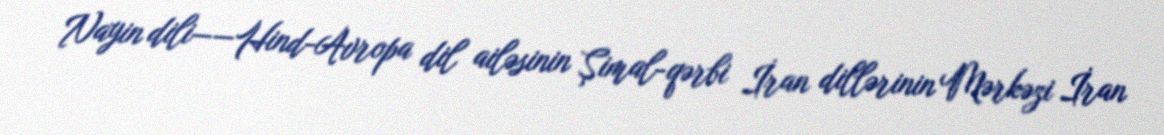
Nayin dili——Hind-Avropa dil ailəsinin Şimal-qərbi İran dillərinin Mərkəzi İran